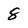
Character: 8